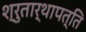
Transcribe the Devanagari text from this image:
श्रुतार्थापत्ति